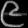
Digit: ၉